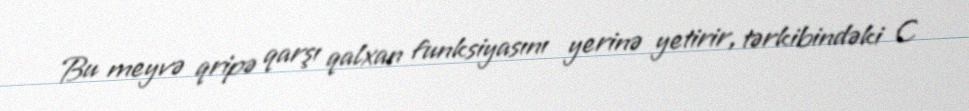
Bu meyvə qripə qarşı qalxan funksiyasını yerinə yetirir, tərkibindəki C